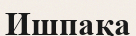
Ишпақа